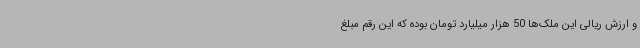
و ارزش ریالی این ملک‌ها 50 هزار میلیارد تومان بوده که این رقم مبلغ